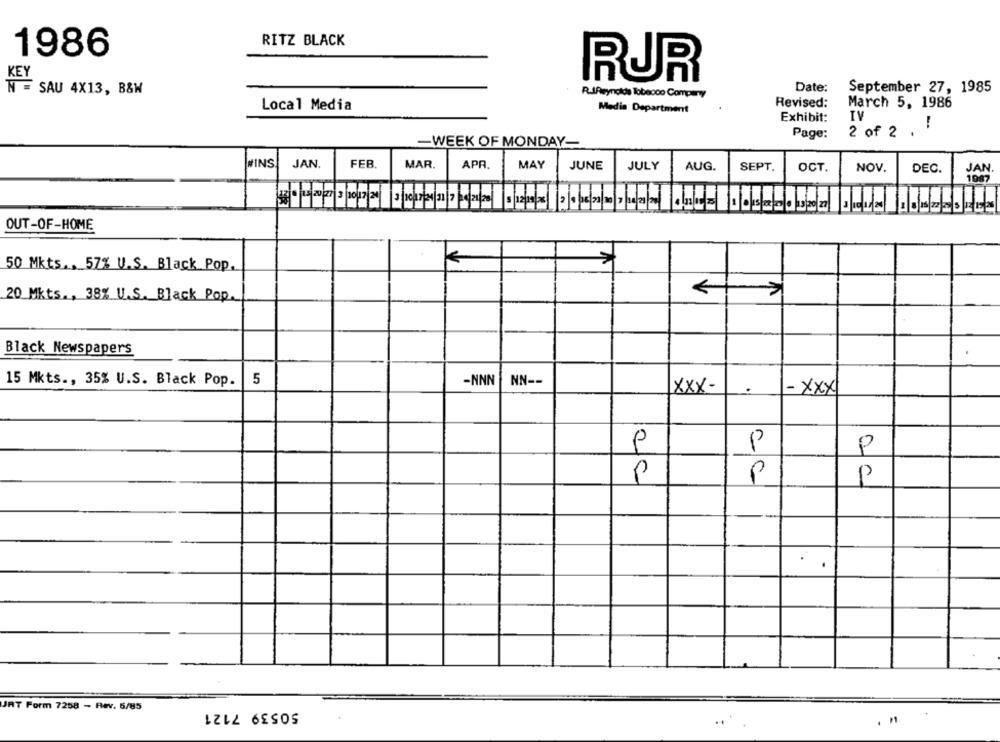
RITZ BLACK
1986
RUR
Date:
September 27, 1985
N = SAU 4X13, B&W
R.lfeynolds Tobeooo Company
Revised:
March 5, 1986
Local Media
Media Department
Exhibit:
IV
2 of 2 . :
Page:
-WEEK OF MONDAY-
JAN.
FEB.
MAY
MINS
MAR.
APR.
JUNE
JULY
AUG.
SEPT.
OCT.
NOV.
DEC.
JAN.
OUT-OF-HOME
50 Mkts ., 57% U.S. Black Pop.
20 Mkts ., 38% U.S. Black Pop.
Black Newspapers
15 Mkts ., 35% U.S. Black Pop.
5
-NNN
NN --
XXX-
- XXX
P
P
P
P
P
.
JAT Form 7258 - Rev. 5/85
50539 7121